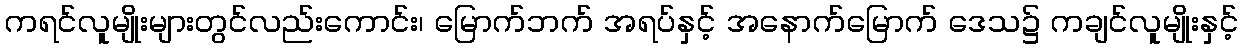
ကရင်လူမျိုးများတွင်လည်းကောင်း၊ မြောက်ဘက် အရပ်နှင့် အနောက်မြောက် ဒေသ၌ ကချင်လူမျိုးနှင့်